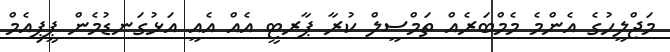
މަޖްލީހުގެ އެންމެ މެމްބަރެއް ތަމްސީލް ކުރާ ޕާރޓީ އެއް އެއީ އަޅުގަނޑުމެން ޕީޕިއެމް